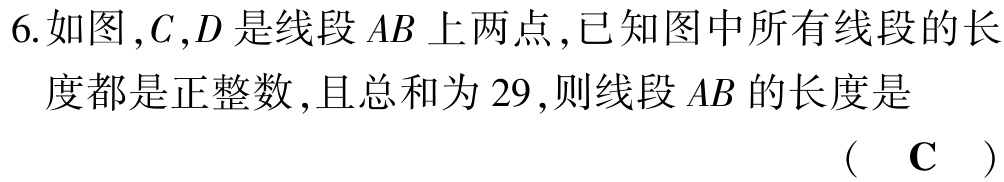
6.如图，$C,D$是线段$AB$上两点，已知图中所有线段的长度都是正整数，且总和为$29$，则线段$AB$的长度是

（ $\mathbf{C}$ ）